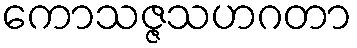
ကောသဇ္ဇသဟဂတာ